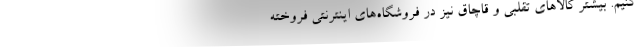
کنیم. بیشتر کالاهای تقلبی و قاچاق نیز در فروشگاه‌های اینترنتی فروخته